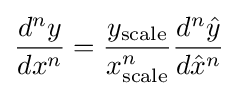
{\frac {d^{n}y}{dx^{n}}}={\frac {y_{\text{scale}}}{x_{\text{scale}}^{n}}}{\frac {d^{n}{\hat {y}}}{d{\hat {x}}^{n}}}